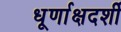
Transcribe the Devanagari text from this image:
धूर्णाक्षदर्शी